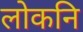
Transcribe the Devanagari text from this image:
लोकनि